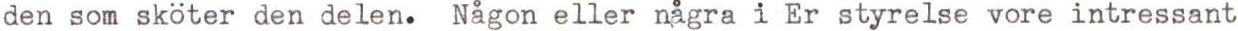
den som sköter den delen. Någon eller några i Er styrelse vore intressant